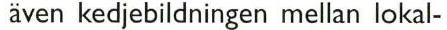
även kedjebildningen mellan lokal-